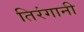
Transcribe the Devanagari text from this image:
तिरंगानी